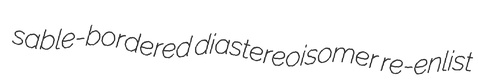
sable-bordered diastereoisomer re-enlist